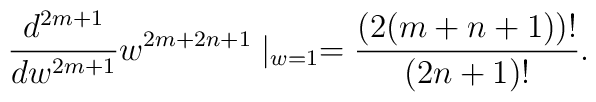
{\frac{d^{2m+1}}{dw^{2m+1}}}w^{2m+2n+1}\mid _{w=1}={\frac{(2(m+n+1))!}{(2n+1)!}}.